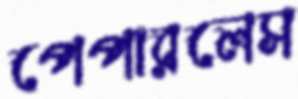
পেপারলেস